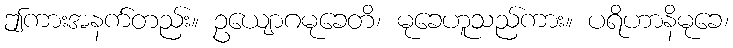
ဤကားအနက်တည်း။ ဥယျောဂမုခေတိ၊ မုခေဟူသည်ကား။ ပရိဟာနိမုခေ၊